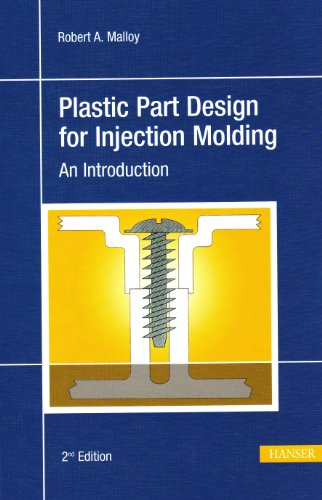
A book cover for Plastic Part Design for Injection Molding 2E: An Introduction; Robert A. Malloy; Engineering & Transportation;